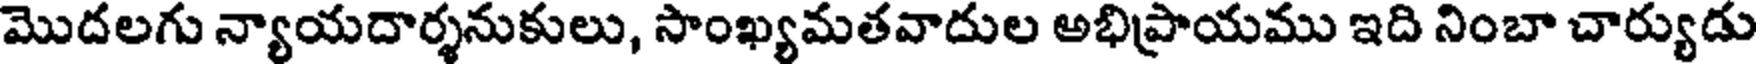
మొదలగు న్యాయదార్శనుకులు, సాంఖ్యమతవాదుల అభిప్రాయము ఇది నింబా చార్యుడు